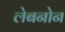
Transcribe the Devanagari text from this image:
लेबनोन